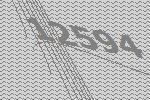
12594